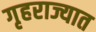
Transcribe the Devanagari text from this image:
गृहराज्यात